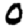
Digit: 0